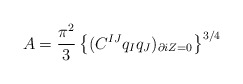
\begin{align*}A = {\pi^2\over 3} \left\{ (C^{IJ} q_I q_J)_{\partial iZ=0}\right\}^{3/4}\end{align*}